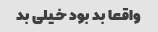
واقعا بد بود خیلی بد